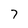
Character: 7